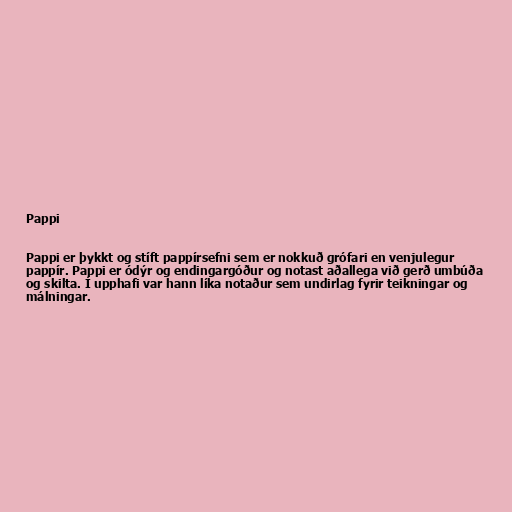
Pappi

Pappi er þykkt og stíft pappírsefni sem er nokkuð grófari en venjulegur
pappír. Pappi er ódýr og endingargóður og notast aðallega við gerð umbúða
og skilta. Í upphafi var hann líka notaður sem undirlag fyrir teikningar og
málningar.